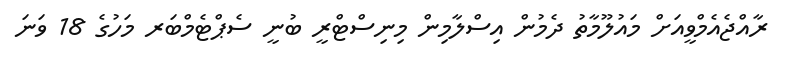
ރާއްޖެއެމްވީއަށް މައުލޫމާތު ދެމުން އިސްލާމިން މިނިސްޓްރީ ބުނީ ސެޕްޓެމްބަރ މަހުގެ 18 ވަނަ